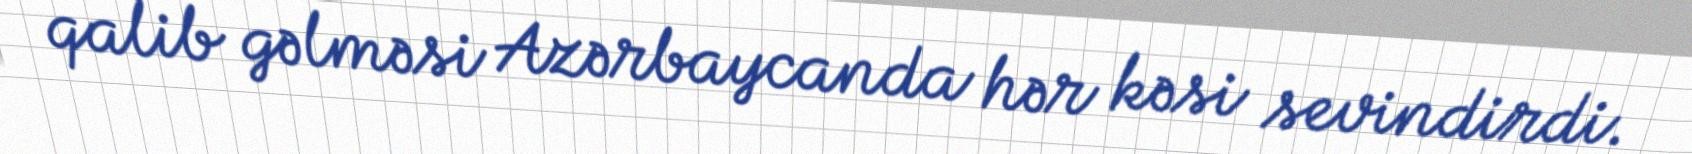
qalib gəlməsi Azərbaycanda hər kəsi sevindirdi.